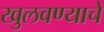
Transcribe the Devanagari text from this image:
खुलवण्याचे